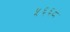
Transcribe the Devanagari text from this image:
५६६८